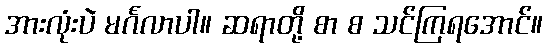
အားလုံးပဲ မင်္ဂလာပါ။ ဆရာတို့ စာ စ သင်ကြရအောင်။